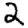
Digit: 2